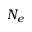
N _ { e }